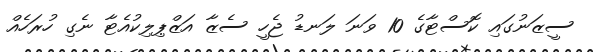
ސީޒަނުގައި ކޮސްޓާގެ 10 ވަނަ ލަނޑު ޖެހީ ސެޒާ އަޒްޕިލިކުއެޓާ ނެގި ހުރަހެއް